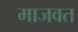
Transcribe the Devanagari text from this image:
माजवत